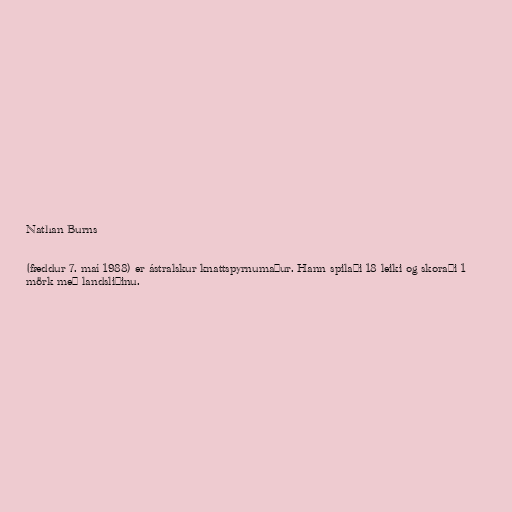
Nathan Burns

(fæddur 7. maí 1988) er ástralskur knattspyrnumaður. Hann spilaði 18 leiki og skoraði 1
mörk með landsliðinu.